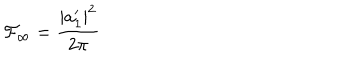
{ \cal { F } } _ { \infty } = \frac { | a _ { 1 } ^ { \prime } | ^ { 2 } } { 2 \pi }